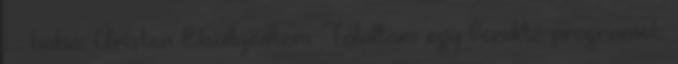
: : haha: Úristen Elsüllyedtem. Találtam egy fordító programot: